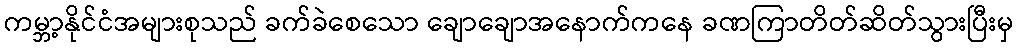
ကမ္ဘာ့နိုင်ငံအများစုသည် ခက်ခဲစေသော ချောချောအနောက်ကနေ ခဏကြာတိတ်ဆိတ်သွားပြီးမှ